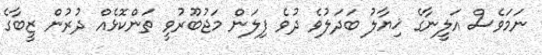
ނަމަވެސް އަލީނާގެ ޚިޔާލު ބަދަލުވެ ދުވެ ފިލަން މަޖުބޫރުވީ ތަންކޮޅެއް ދުރުން ޒީބާގެ